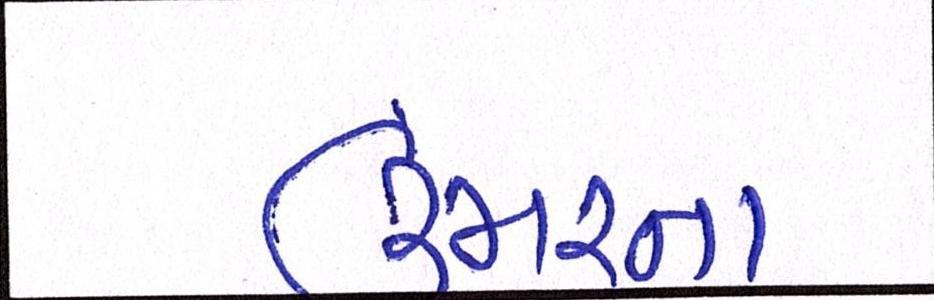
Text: ઉંમરના